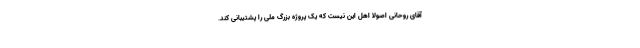
آقای روحانی اصولاً اهل این نیست که یک پروژه بزرگ ملی را پشتیبانی کند.